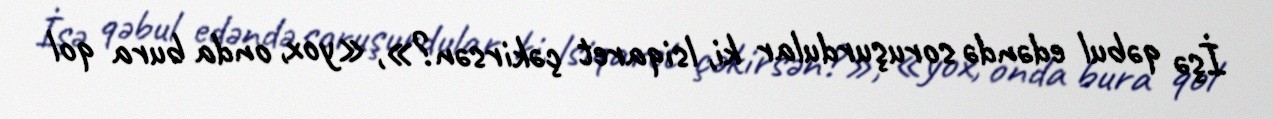
İşə qəbul edəndə soruşurdular ki, lsiqaret çəkirsən?», «yox, onda bura qol